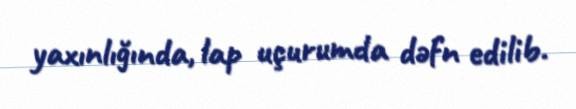
yaxınlığında, lap uçurumda dəfn edilib.